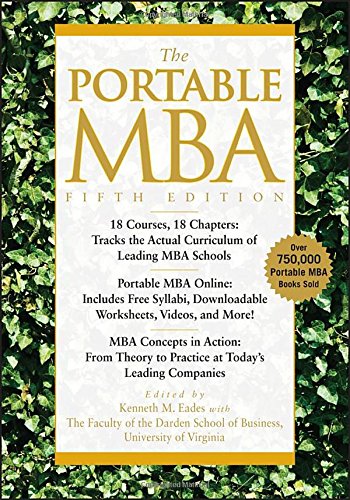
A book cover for The Portable MBA; Kenneth M. Eades; Business & Money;